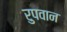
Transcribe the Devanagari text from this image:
रुपवान